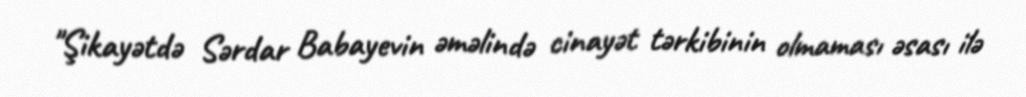
"Şikayətdə Sərdar Babayevin əməlində cinayət tərkibinin olmaması əsası ilə